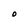
Character: O